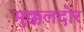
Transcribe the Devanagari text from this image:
मुक्कलदोर